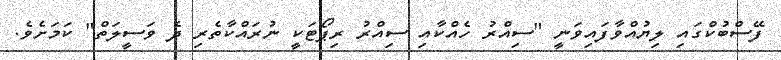
ފޭސްބުކްގައި ލިޔުއްވާފައިވަނީ "ސިއްރު ހެއްކާއި ސިއްރު ރިޕޯޓަކީ ނުރައްކާތެރި ދެ ވަސީލަތް" ކަމަށެވެ.